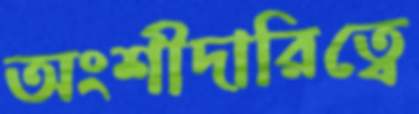
অংশীদারিত্বে